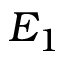
E _ { 1 }